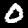
Label: 0